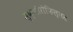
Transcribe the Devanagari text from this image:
स्क्लीरोफिल्लस